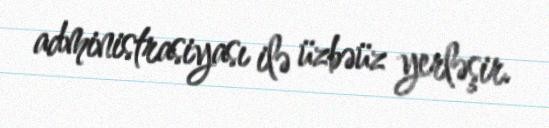
administrasiyası ilə üzbəüz yerləşir.